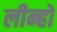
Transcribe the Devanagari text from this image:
लीन्हो